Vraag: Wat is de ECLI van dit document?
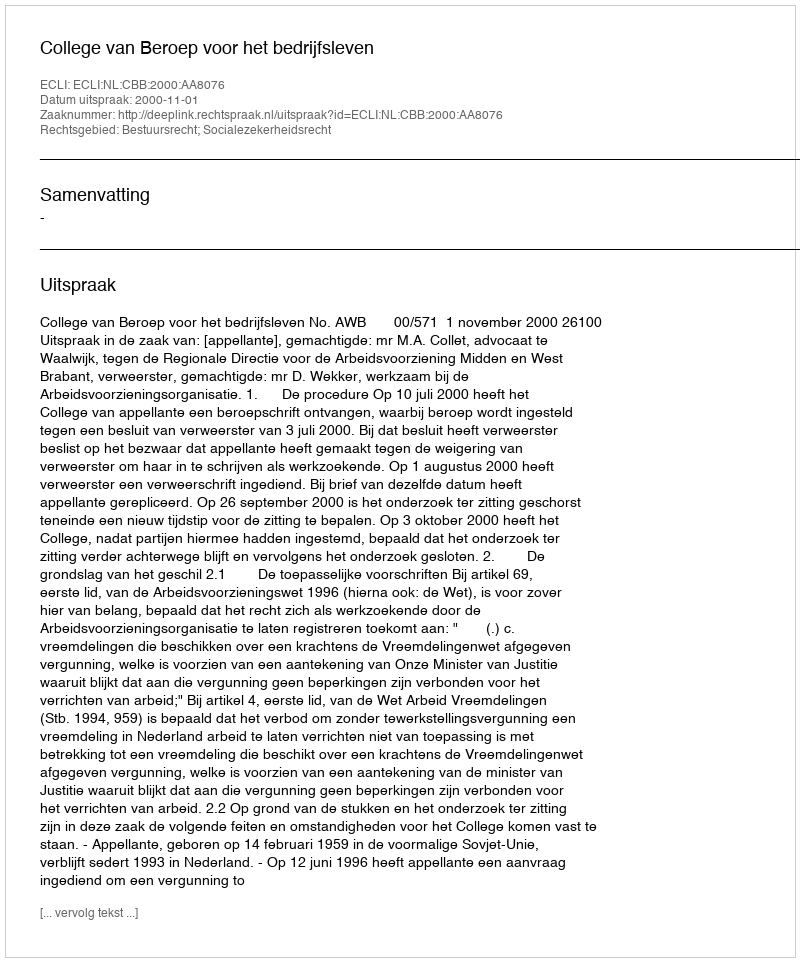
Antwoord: ECLI:NL:CBB:2000:AA8076